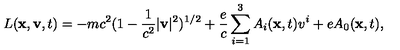
L ( { \bf x } , { \bf v } , t ) = - m c ^ { 2 } ( 1 - \frac { 1 } { c ^ { 2 } } | { \bf v } | ^ { 2 } ) ^ { 1 / 2 } + \frac { e } { c } \sum _ { i = 1 } ^ { 3 } A _ { i } ( { \bf x } , t ) v ^ { i } + e A _ { 0 } ( { \bf x } , t ) ,